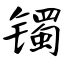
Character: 镯